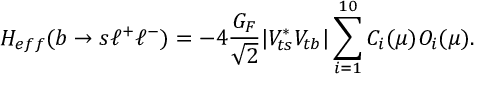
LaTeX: { \cal H } _ { e f f } ( b \to s \ell ^ { + } \ell ^ { - } ) = - 4 \frac { G _ { F } } { \sqrt { 2 } } | V _ { t s } ^ { * } V _ { t b } | \sum _ { i = 1 } ^ { 1 0 } C _ { i } ( \mu ) O _ { i } ( \mu ) .